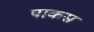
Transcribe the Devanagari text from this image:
पाकस